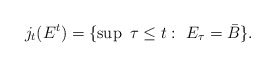
\begin{align*}j_t(E^t) = \{\sup\ \tau\leq t:\ E_{\tau}=\bar{B}\}.\end{align*}